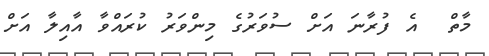
މާތް  އެ ފުރާނަ އަށް ސުވަރުގެ މިންވަރު ކުރައްވާ އާއިލާ އަށް